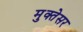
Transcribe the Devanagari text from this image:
मुक्तेसर